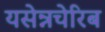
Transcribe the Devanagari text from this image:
यसेन्नचेरिब